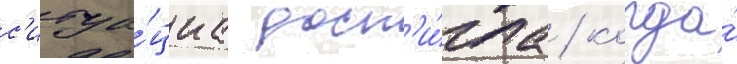
с'итуа́циа дост'и́гла / когда́